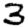
Digit: 3